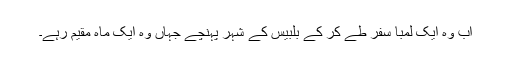
اب وہ ایک لمبا سفر طے کر کے بلبیس کے شہر پہنچے جہاں وہ ایک ماہ مقیم رہے۔